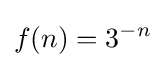
f(n)=3^{-n}